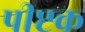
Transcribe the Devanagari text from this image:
पीप्टक